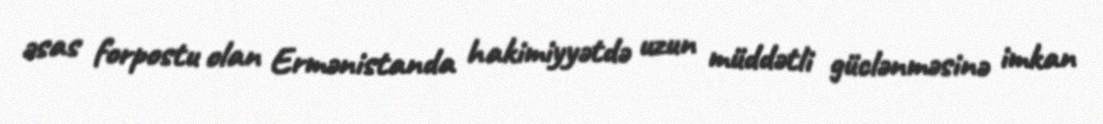
əsas forpostu olan Ermənistanda hakimiyyətdə uzun müddətli güclənməsinə imkan